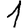
Digit: 1